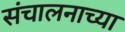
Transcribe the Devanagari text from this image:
संचालनाच्या